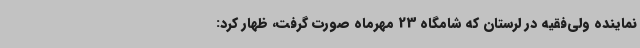
نماینده ولی‌فقیه در لرستان که شامگاه 23 مهرماه صورت گرفت، ظهار کرد: